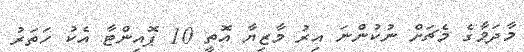
މާދަމާގެ މެޗަށް ނުކުންނަ އިރު މާޒިޔާ އޮތީ 10 ޕޮއިންޓާ އެކު ހަތަރު